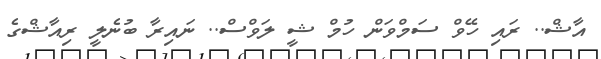
އާޝް.. ރައި ހޭވް ސަމްވަން ހުމް ޝީ ލަވްސް.. ނައިރާ ބުނެލީ ރިއާޝްގެ